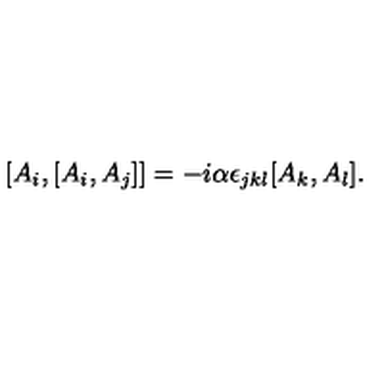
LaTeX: [ A _ { i } , [ A _ { i } , A _ { j } ] ] = - i \alpha \epsilon _ { j k l } [ A _ { k } , A _ { l } ] .